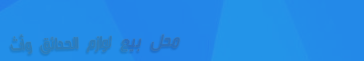
محل بيع لوازم الحدائق وأث